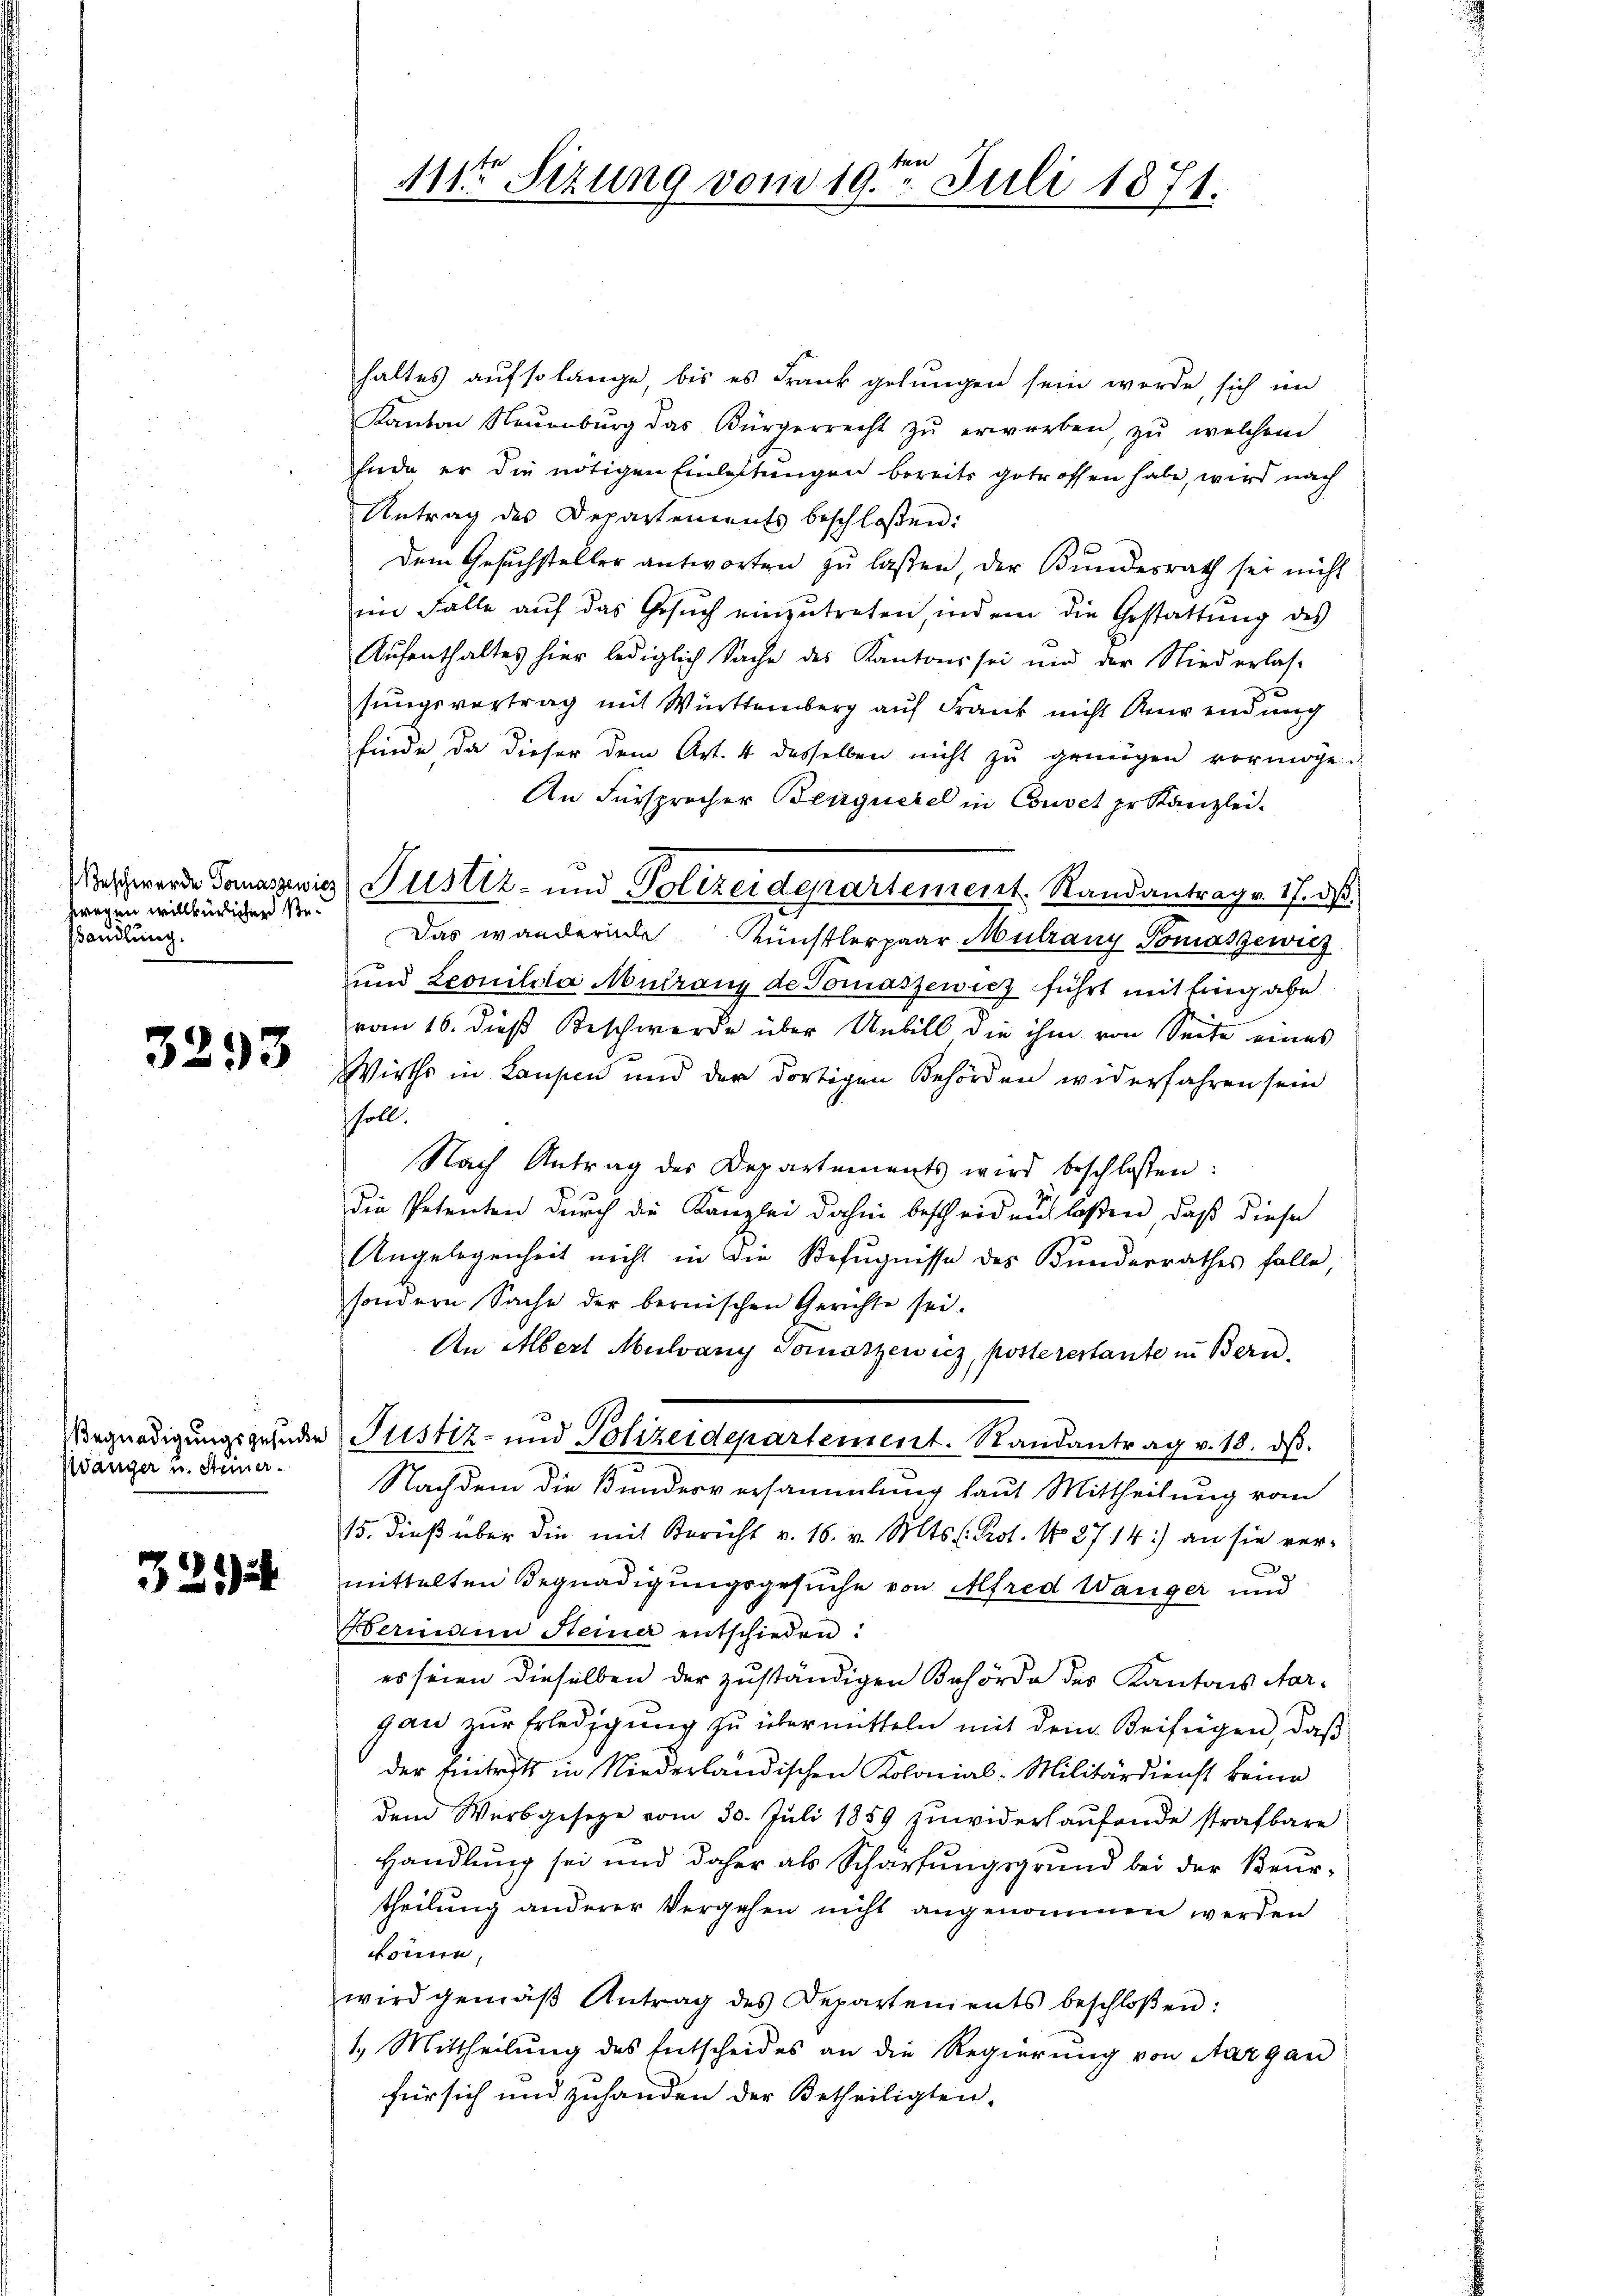
fragen willkürlichen Be¬
Wandlung.

3293

Wänger u. Steuer.

321)

ten
11ten Sizung vom 19. Juli 1871.

haltes aufsolange, bis es Frank gelungen sein werde, sich im
Kanton Neuenburg das Bürgerrecht zŭ erworben, zŭ welchem
Ende er die nötigen Einlastungen bereits getroffen habe, wird nach
Antrag des Departements beschloßen:
Dem Gesuchsteller antworten zu lassen, der Bundesrath sei nicht
im Falle aŭf das Gesŭch einzŭtreten, indem die Gestattung des
Aŭfenthaltes hier lediglich Sache des Kantons sei und der Niederlas-
sungsvertrag mit Württemberg auf Frank nicht Anwendung
finde da dieser dem Art. 4 desselben nicht zu genügen vermöge.
An Fürsprocher Beerquerel in Couvet pr Kanzlei.
Das wandernde Künstlerpaar Mülrang Tomaszewicz
und Leonilila Mutrang de Tomaszewicz führt mit Eingabe
vom 16. dieß Beschwerde über Unbill die ihm von Seite eines
Wirths in Laupen und der dortigen Behörden widerfahren sein
soll.
Nach Antrag des Departements wird beschlossen:
die Petenten durch die Kanzlei dahin bescheiden laßen, daß diese
Angelegenheit nicht in die Befugnisse des Kunderrathes falle,
sondern Sache der bernischen Gerichte sei.
An Albert Mulvany Tomoszewicz, posterestante in Bern,
Vergnädigŭngsgehnder Justiz- und Polizeidepartement. Randantrag v. 18. dβ.
Nachdem die Bundesversammlung laut Mittheilung vom
15. dieß über die mit Bericht v. 16. v. Mts. Prot. No 2714) an sie vermittelten Begnadigungsgesuche von Alfred Wanger und
Hermann Steiner entschieden:
es seien dieselben der zuständigen Behörde des Kantons Aar-
gan zur Erledigung zu übermitteln mit dem Beifügen, daß
der Eintritt in Niederländischen Kolonial-Militärdienst keine
dem Werbgesetze vom 30. Juli 1859 zŭwiderlaŭfende strafbare
Handlung sei und daher als Schärfungsgrund bei der Beurtheilung anderer Vergehen nicht angenommen werden
könne,
wird gemäβ Antrag des Departements beschloßen:
1. Mittheilung des Entscheides an die Regierung von Aargau
für sich und zuhanden der Betheiligten.

eschwerde Tonarwis Justiz- und Polizeidepartement. Randantrage 17. ds.